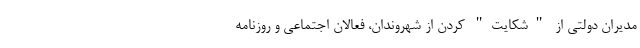
مدیران دولتی از "شکایت" کردن از شهروندان، فعالان اجتماعی و روزنامه